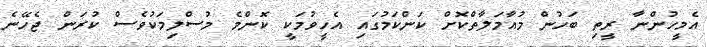
އެމީހުންނާ ރީތި ބަހުން މުއާމަލާތްކޮށް ކަންކަމުގައި އެހީވުމަކީ ކޮންމެ މުސްލިމަކުވެސް ކުރަން ޖެހޭނެ